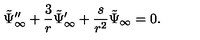
\tilde { \Psi } _ { \infty } ^ { \prime \prime } + { \frac { 3 } { r } } \tilde { \Psi } _ { \infty } ^ { \prime } + { \frac { s } { r ^ { 2 } } } \tilde { \Psi } _ { \infty } = 0 .